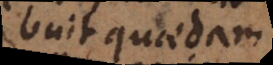
adhibuit quaedam